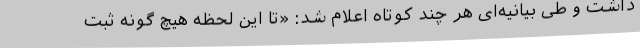
داشت و طی بیانیه‌ای هر چند کوتاه اعلام شد: «تا این لحظه هیچ گونه ثبت